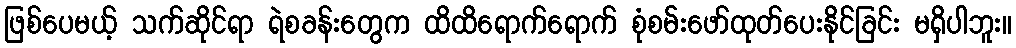
ဖြစ်ပေမယ့် သက်ဆိုင်ရာ ရဲစခန်းတွေက ထိထိရောက်ရောက် စုံစမ်းဖော်ထုတ်ပေးနိုင်ခြင်း မရှိပါဘူး။